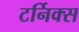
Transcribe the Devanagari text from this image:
टर्निक्स